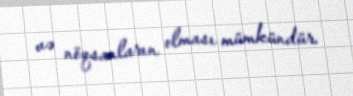
və nöqsanların olması mümkündür.